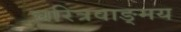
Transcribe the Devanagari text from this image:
चरित्रवाङ्मय